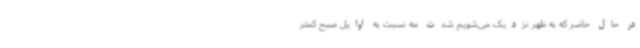
در حال حاضر که به ظهر نزدیک می‌شویم شدت مه نسبت به اوایل صبح کمتر